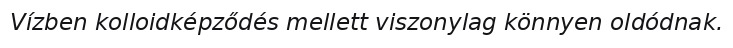
Vízben kolloidképződés mellett viszonylag könnyen oldódnak.